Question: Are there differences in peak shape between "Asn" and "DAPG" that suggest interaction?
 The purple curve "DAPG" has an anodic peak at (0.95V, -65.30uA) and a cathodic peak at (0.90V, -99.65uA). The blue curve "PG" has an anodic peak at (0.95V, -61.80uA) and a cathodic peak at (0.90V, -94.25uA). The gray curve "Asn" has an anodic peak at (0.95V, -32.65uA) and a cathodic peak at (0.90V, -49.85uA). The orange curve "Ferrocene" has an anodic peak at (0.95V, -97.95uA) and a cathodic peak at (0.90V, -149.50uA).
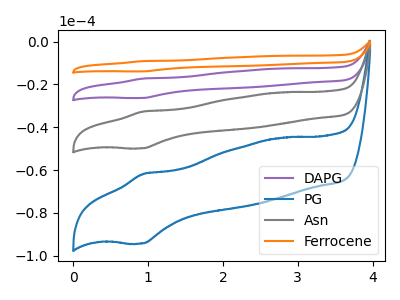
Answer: <think>All the peaks in "Asn" have a peak in "DAPG" at the same potential.
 </think>
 <answer>No, "Asn" and "DAPG" don't appear to be significantly different in shape</answer>
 <eval>no_change</eval>